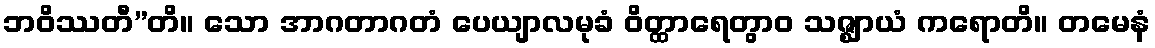
ဘဝိဿတီ”တိ။ သော အာဂတာဂတံ ပေယျာလမုခံ ဝိတ္ထာရေတွာဝ သဇ္ဈာယံ ကရောတိ။ တမေနံ